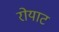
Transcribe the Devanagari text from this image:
रोयाट